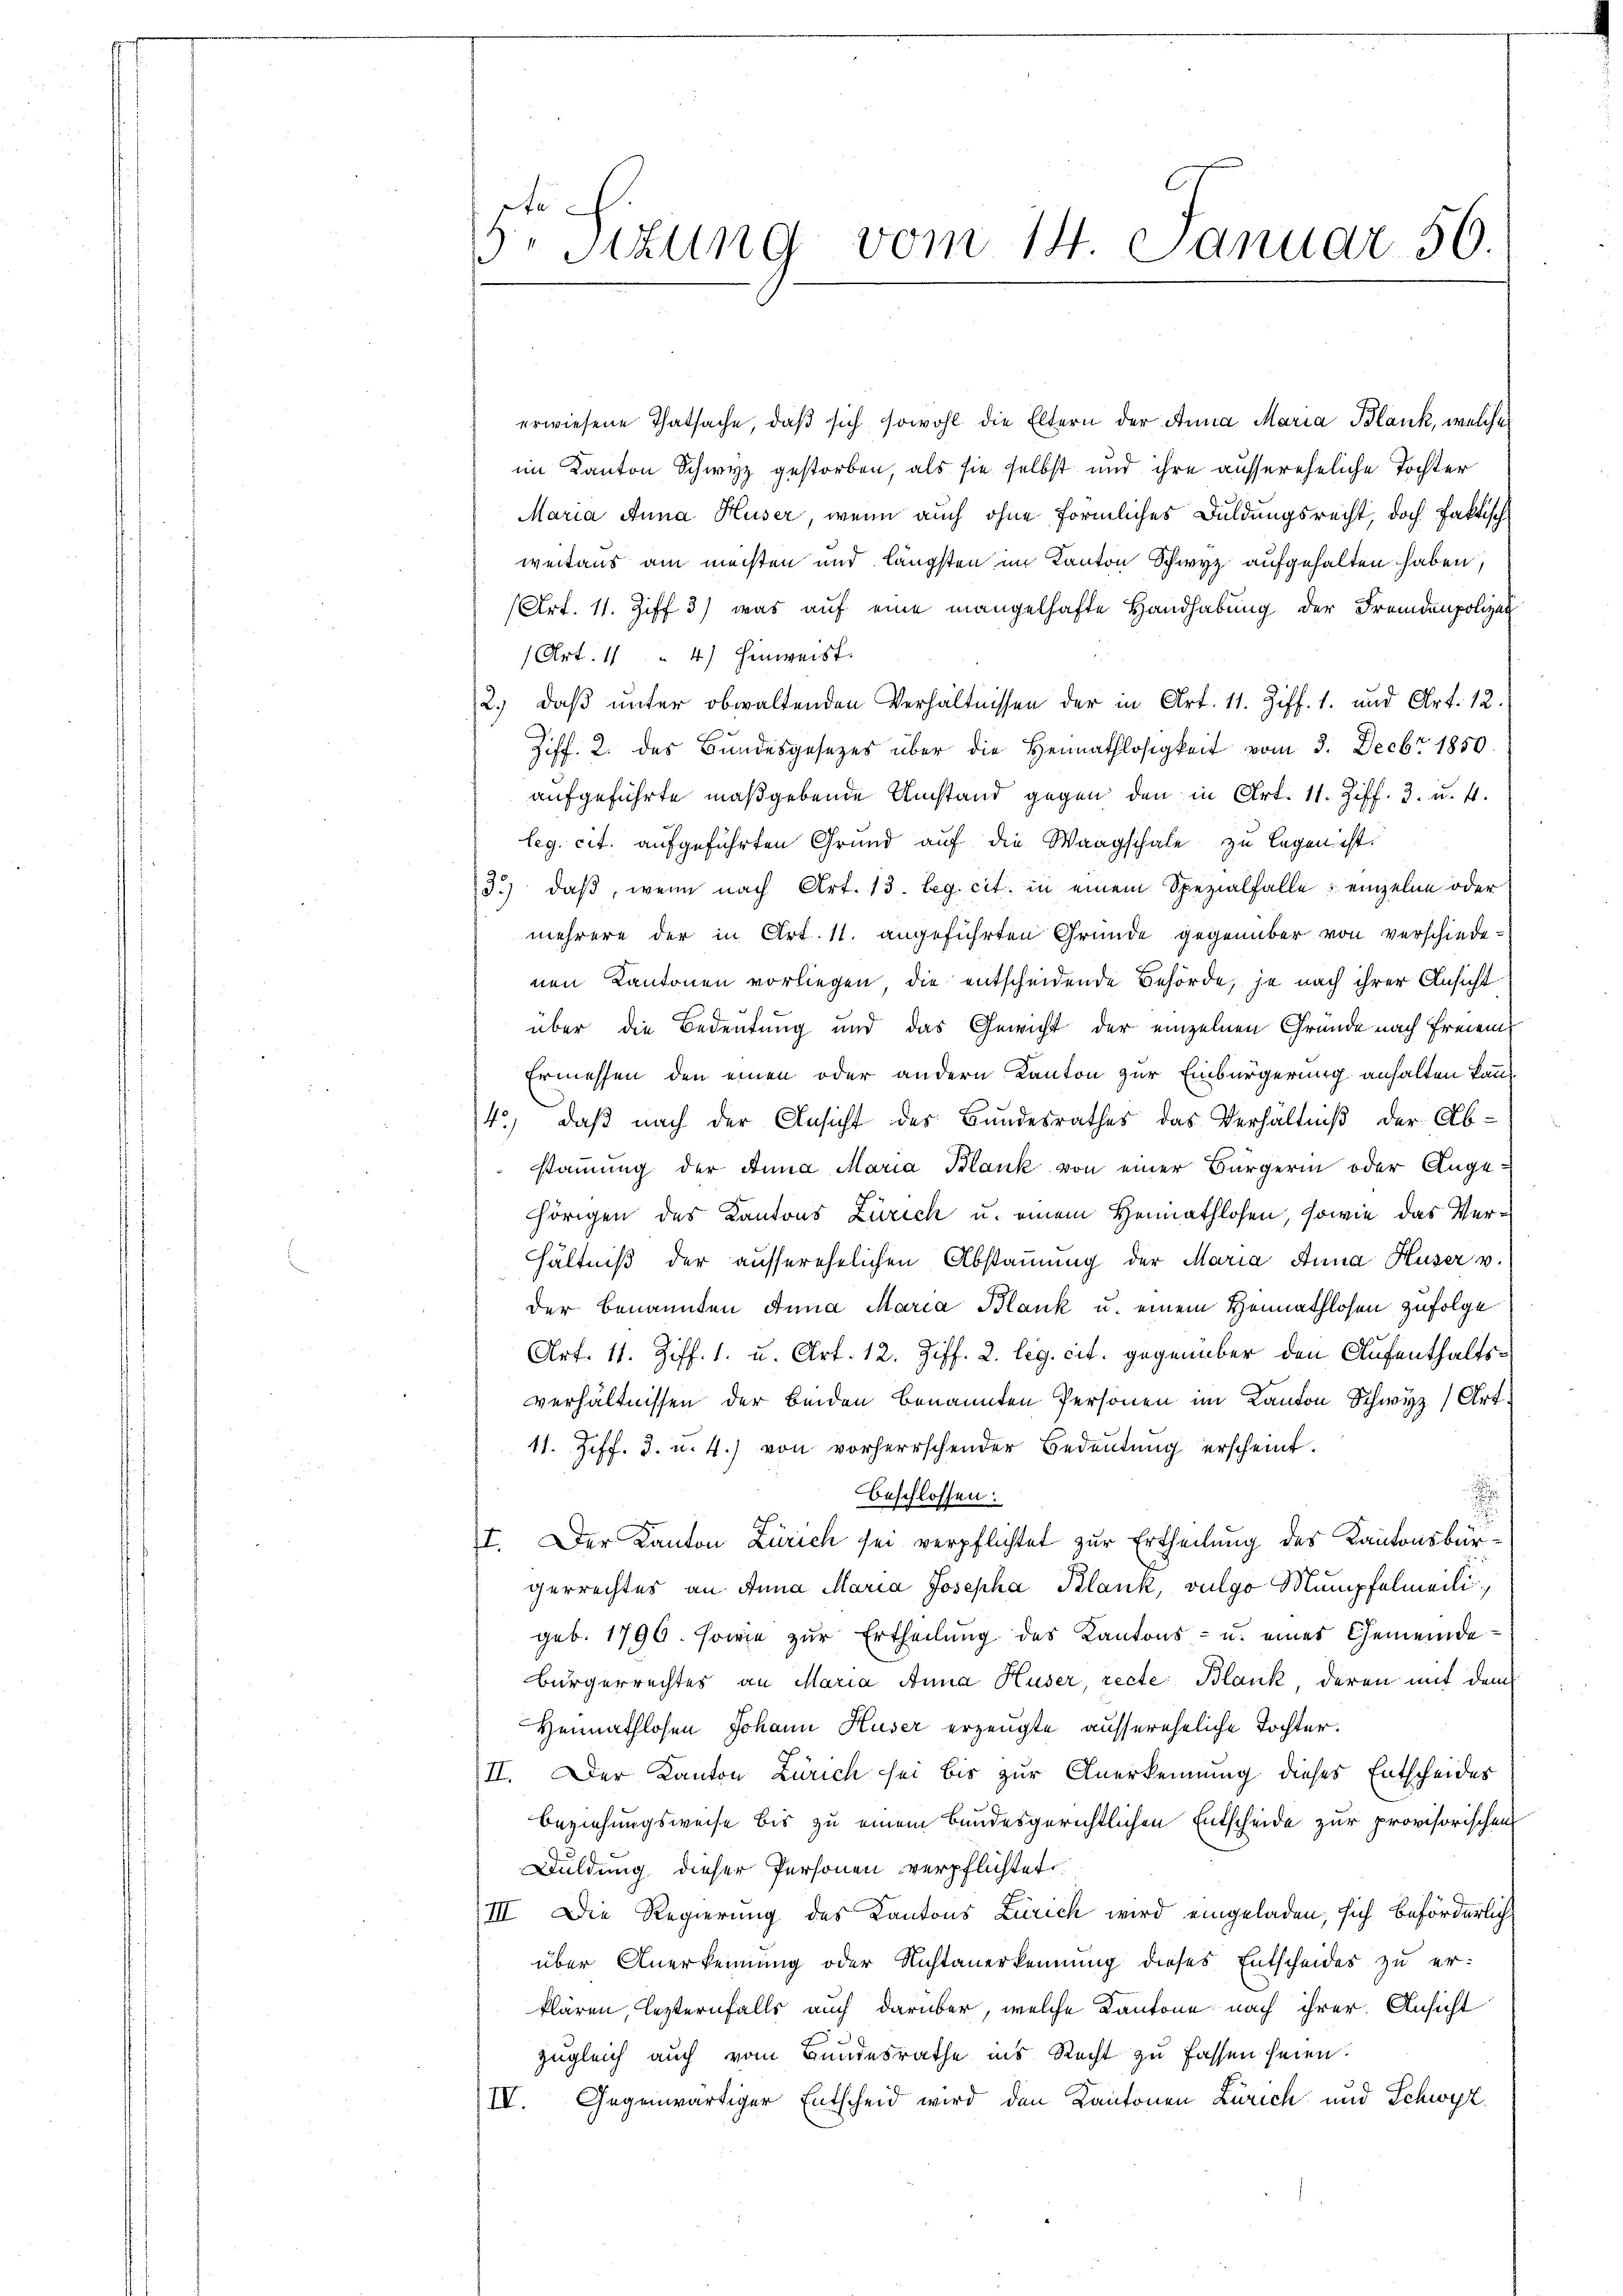
de
s
Stzung vom 14. Januar 50.

erwiesene Thatsache, daβ sich sowohl die Eltern der Anna Maria Blank, welche
im Kanton Schwyz gestorben, als sie selbst und ihre aussereheliche Tochter
Maria Anna Huser, wenn auch ohne förmliches Duldungsrecht, doch faktische
weitaus am machten und längsten im Kanton Schwyz aufgehalten haben,
(Art. 11. Ziff 3) was auf eine mangelhafte Handhabung der Fremdenpolizei
Art. 11 " 4) Hinweist.
2.) daß unter obwaltenden Verhältnissen der in Art. 11. Ziff. 1. und Art. 12.
Ziff. 2. des Bundesgesetzes über die Heimathlosigkeit vom 3. Decbr 1850
aufgeführte maßgebende Umstand gegen den in Art. 11. Ziff. 3. u. 4.
leg. cit. aufgeführten Grund auf die Waagschale zu legen ist.
33) daß, wenn nach Art. 13. Leg. cit. in einem Spezialfalle einzelne oder
mehrere der in Art. 11. angeführten Gründe gegenüber von verschiede-
nen Kantonen vorliegen die entscheidende Behörde, je nach ihrer Ansicht
über die Bedeutung und das Gewicht der einzelnen Gründe nach Freien
Ermessen den einen oder andern Kanton zur Einbürgerung anhalten kannt
4.) daß nach der Ansicht des Bundesrathes das Verhältniß der Ab-
stammung der Anna Maria Blank von einer Bürgerin oder Angehörigen des Kantons Zürich u. einem Heimathlosen, sowie das Verhältniß der ausserehelichen Abstammung der Maria Anna Huser v.
der benannten Anna Maria Blank u. einem Heimathlosen zufolge
Art. 11. Ziff. 1. u. Art. 12. Ziff. 2. leg. cit. gegenüber den Aufenthaltsverhältnissen der beiden benannten Personen im Kanton Schwyz (Art.
11. Ziff. 2. u. 4.) von vorherrschender Bedeutung erscheint.
.
beschlossen:
I. Der Kanton Zürich sei verpflichtet zur Ertheilung des Kantonsbürgerrechtes an Anna Maria Josepha Blank, vulgo Mumpfelmeili
geb. 1790. sowie zŭr Ertheilŭng des Kantons- u. einer Gemeinde-
bürgerrechtes an Maria Anna Huser, recte Blank, deren mit dem
Heimathlosen Johann Huser erzeugte aussereheliche Tochter.
II. Der Kanton Zürich sei bis zur Anerkennung dieses Entscheides
Beziehungsweise bis zu einem Bundesgerichtlichen Entscheide zur provisorischen
Duldung dieser Personen verpflichtet.
III. Die Regierung des Kantons Zürich wird eingeladen, sich beförderlich
über Anerkennung oder Nichtanerkennung dieses Entscheides zu erklären, lezternfalls auch darüber, welche Kantone nach ihrer. Ansicht
zugleich auch vom Bundesrathe ins Recht zu fassen seien.
IV. Gegenwärtiger Entscheid wird den Kantonen Zürich und Schwyz.